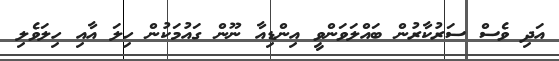
އަދި ވެސް ސަރުކާރުން ބައްލަވަންވީ އިންޑިއާ ނޫން ގައުމަކުން ހިލަ އާއި ހިލަވެލި